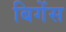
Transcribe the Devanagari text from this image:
बिगेंस